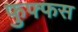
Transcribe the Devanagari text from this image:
फुफ्फस